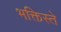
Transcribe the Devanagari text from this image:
भक्तिस्ते